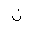
Letter: _non